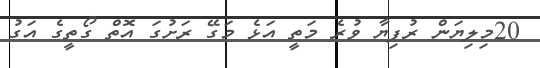
20މިލިޔަން ރުފިޔާ ވުރެ މަތީ އަޅެ މަގޭ ރަށުގަ އޮތް ގޯތީގެ އަގު